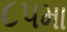
૮૫મા